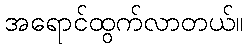
အရောင်ထွက်လာတယ်။